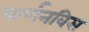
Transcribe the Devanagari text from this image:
फर्णनविस